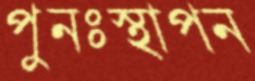
পুনঃস্থাপন